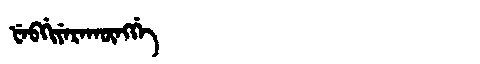
Manchu: ᡶᡝᠪᡤᡳᠶᡝᡵᠠᡴᡡᠩᡤᡝ
Romanization: FEBGIYERAKŪNGGE